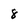
Character: 8